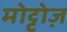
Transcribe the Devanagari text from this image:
मोट्टोज़